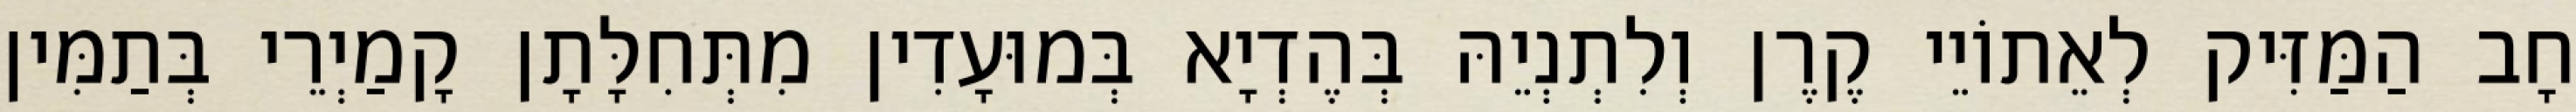
חָב הַמַּזִּיק לְאֵתוֹיֵי קֶרֶן וְלִתְנְיֵהּ בְּהֶדְיָא בְּמוּעָדִין מִתְּחִלָּתָן קָמַיְרֵי בְּתַמִּין